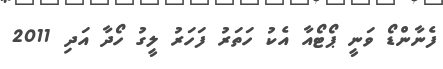
ފެނާންޑޯ ވަނީ ޕޯޓޯއާ އެކު ހަތަރު ފަހަރު ލީގު ހޯދާ އަދި 2011